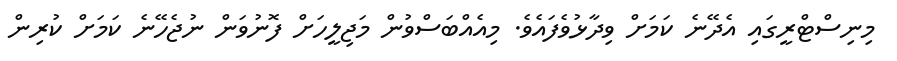
މިނިސްޓްރީގައި އެދޭނެ ކަމަށް ވިދާޅުވެފައެވެ. މިއެއްބަސްވުން މަޖިލީހަށް ފޮނުވަން ނުޖެހޭނެ ކަމަށް ކުރިން